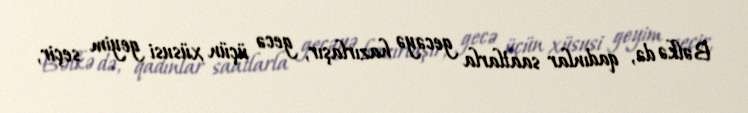
Bəlkə də, qadınlar saatlarla gecəyə hazırlaşır, gecə üçün xüsusi geyim seçir,